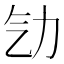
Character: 㔕